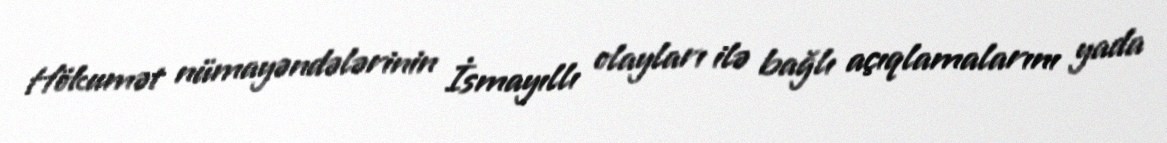
Hökumət nümayəndələrinin İsmayıllı olayları ilə bağlı açıqlamalarını yada